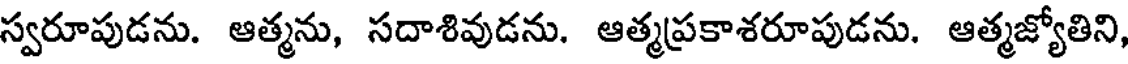
స్వరూపుడను. ఆత్మను, సదాశివుడను. ఆత్మప్రకాశరూపుడను. ఆత్మజ్యోతిని,